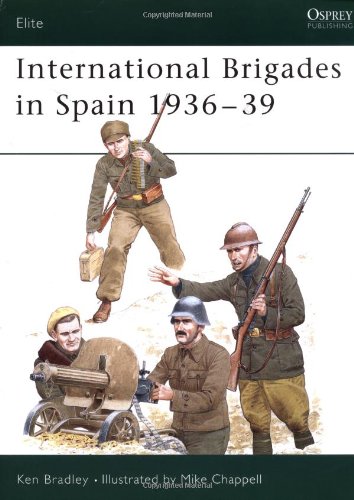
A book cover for International Brigades in Spain 1936-39 (Elite); Ken Bradley; History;